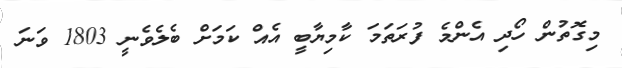
މިގޮތުން ހޯދި އެންމެ ފުރަތަމަ ކާމިޔާބީ އެއް ކަމަށް ބެލެވެނީ 1803 ވަނަ